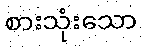
စားသုံးသော